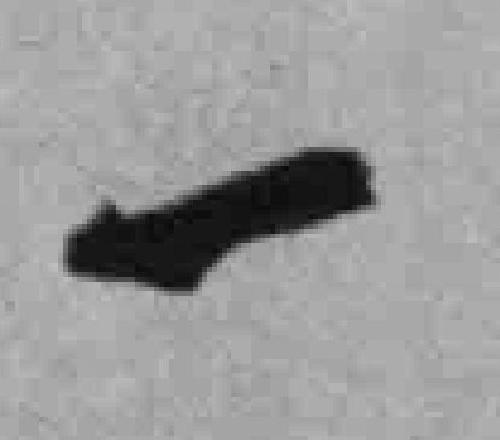
一